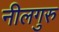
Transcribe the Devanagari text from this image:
नीलगुरु